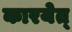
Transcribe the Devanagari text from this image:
कारयेत्‌